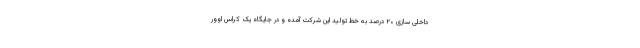
داخلی سازی ۲۰ درصد به خط تولید این شرکت آمده و در جایگاه یک کراس اوور